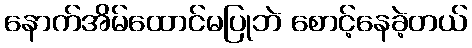
နောက်အိမ်ထောင်မပြုဘဲ စောင့်နေခဲ့တယ်